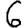
Digit: 6